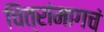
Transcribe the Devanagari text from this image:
चित्रांमागचं